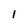
Character: l